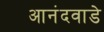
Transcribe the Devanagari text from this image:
आनंदवाडे